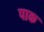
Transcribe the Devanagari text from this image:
पाक